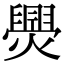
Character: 爂